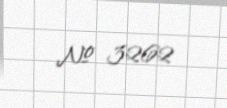
№ 3262